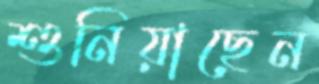
শুনিয়াছেন